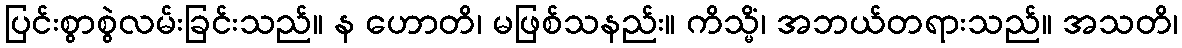
ပြင်းစွာစွဲလမ်းခြင်းသည်။ န ဟောတိ၊ မဖြစ်သနည်း။ ကိသ္မိံ၊ အဘယ်တရားသည်။ အသတိ၊